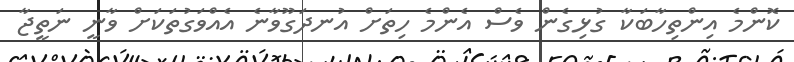
ކޮންމެ އިންތިހާބަކާ ގުޅިގެން ވެސް އެންމެ ހިތަށް އުނދަގޫވާނެ އެއްވަގުތަކަށް ވާނީ ނަތީޖާ